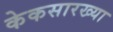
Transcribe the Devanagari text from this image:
केकसारख्या